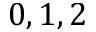
0 , 1 , 2